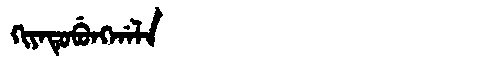
Manchu: ᡴᡳᠶᠠᡨᡠᠪᡠᠩᡤᠠᠯᠠ
Romanization: KIYATUBUNGGALA